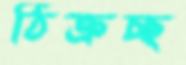
ঠিক্‌রচ্ছ